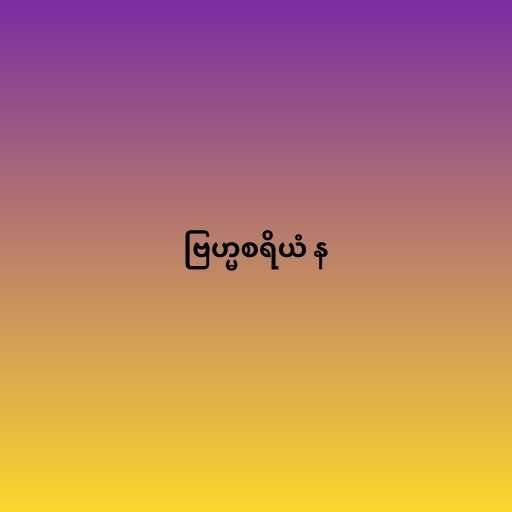
ဗြဟ္မစရိယံ န